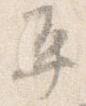
平